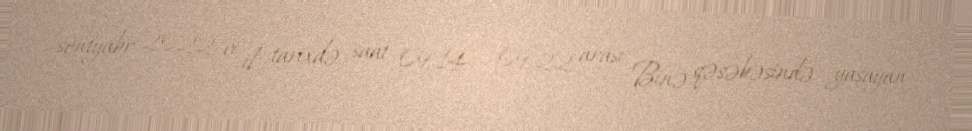
sentyabr 2022-ci il tarixdə saat 09.14 – 09.22 arası Binə qəsəbəsində yaşayan